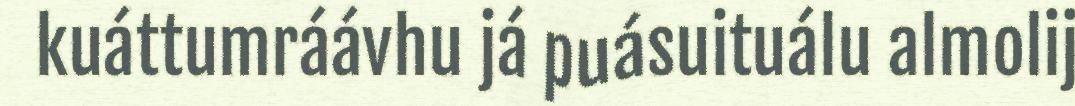
kuáttumráávhu já puásuituálu almolij